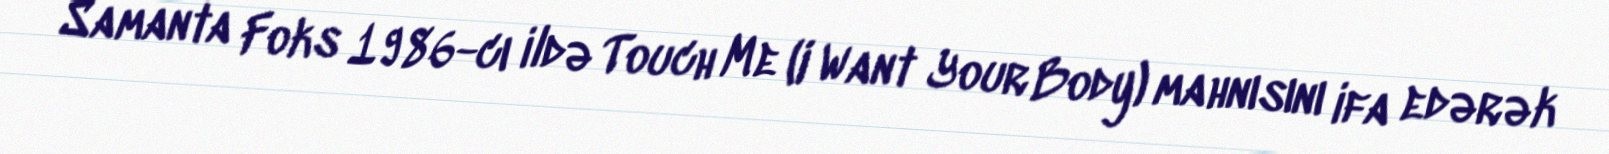
Samanta Foks 1986-cı ildə Touch Me (I Want Your Body) mahnısını ifa edərək